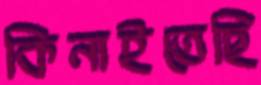
কিনাইতেছি